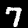
Digit: 7